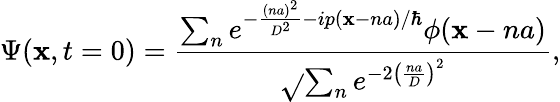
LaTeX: \Psi(\mathbf{x},t=0)=\frac{{\sum_{n}e^{-\frac{{(na)^{2}}}{{D^{2}}}-ip(\mathbf{x}-na)/\hbar}\phi(\mathbf{x}-na)}}{{\sqrt{}{{\sum_{n}e^{-2\left(\frac{{na}}{{D}}\right)^{2}}}}}},